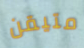
متيقن